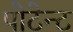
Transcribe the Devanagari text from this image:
पोटेन्ट